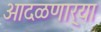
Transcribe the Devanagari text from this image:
आदळणार्‍या